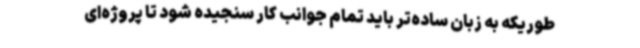
طوریکه به زبان ساده‌تر باید تمام جوانب کار سنجیده شود تا پروژه‌ای